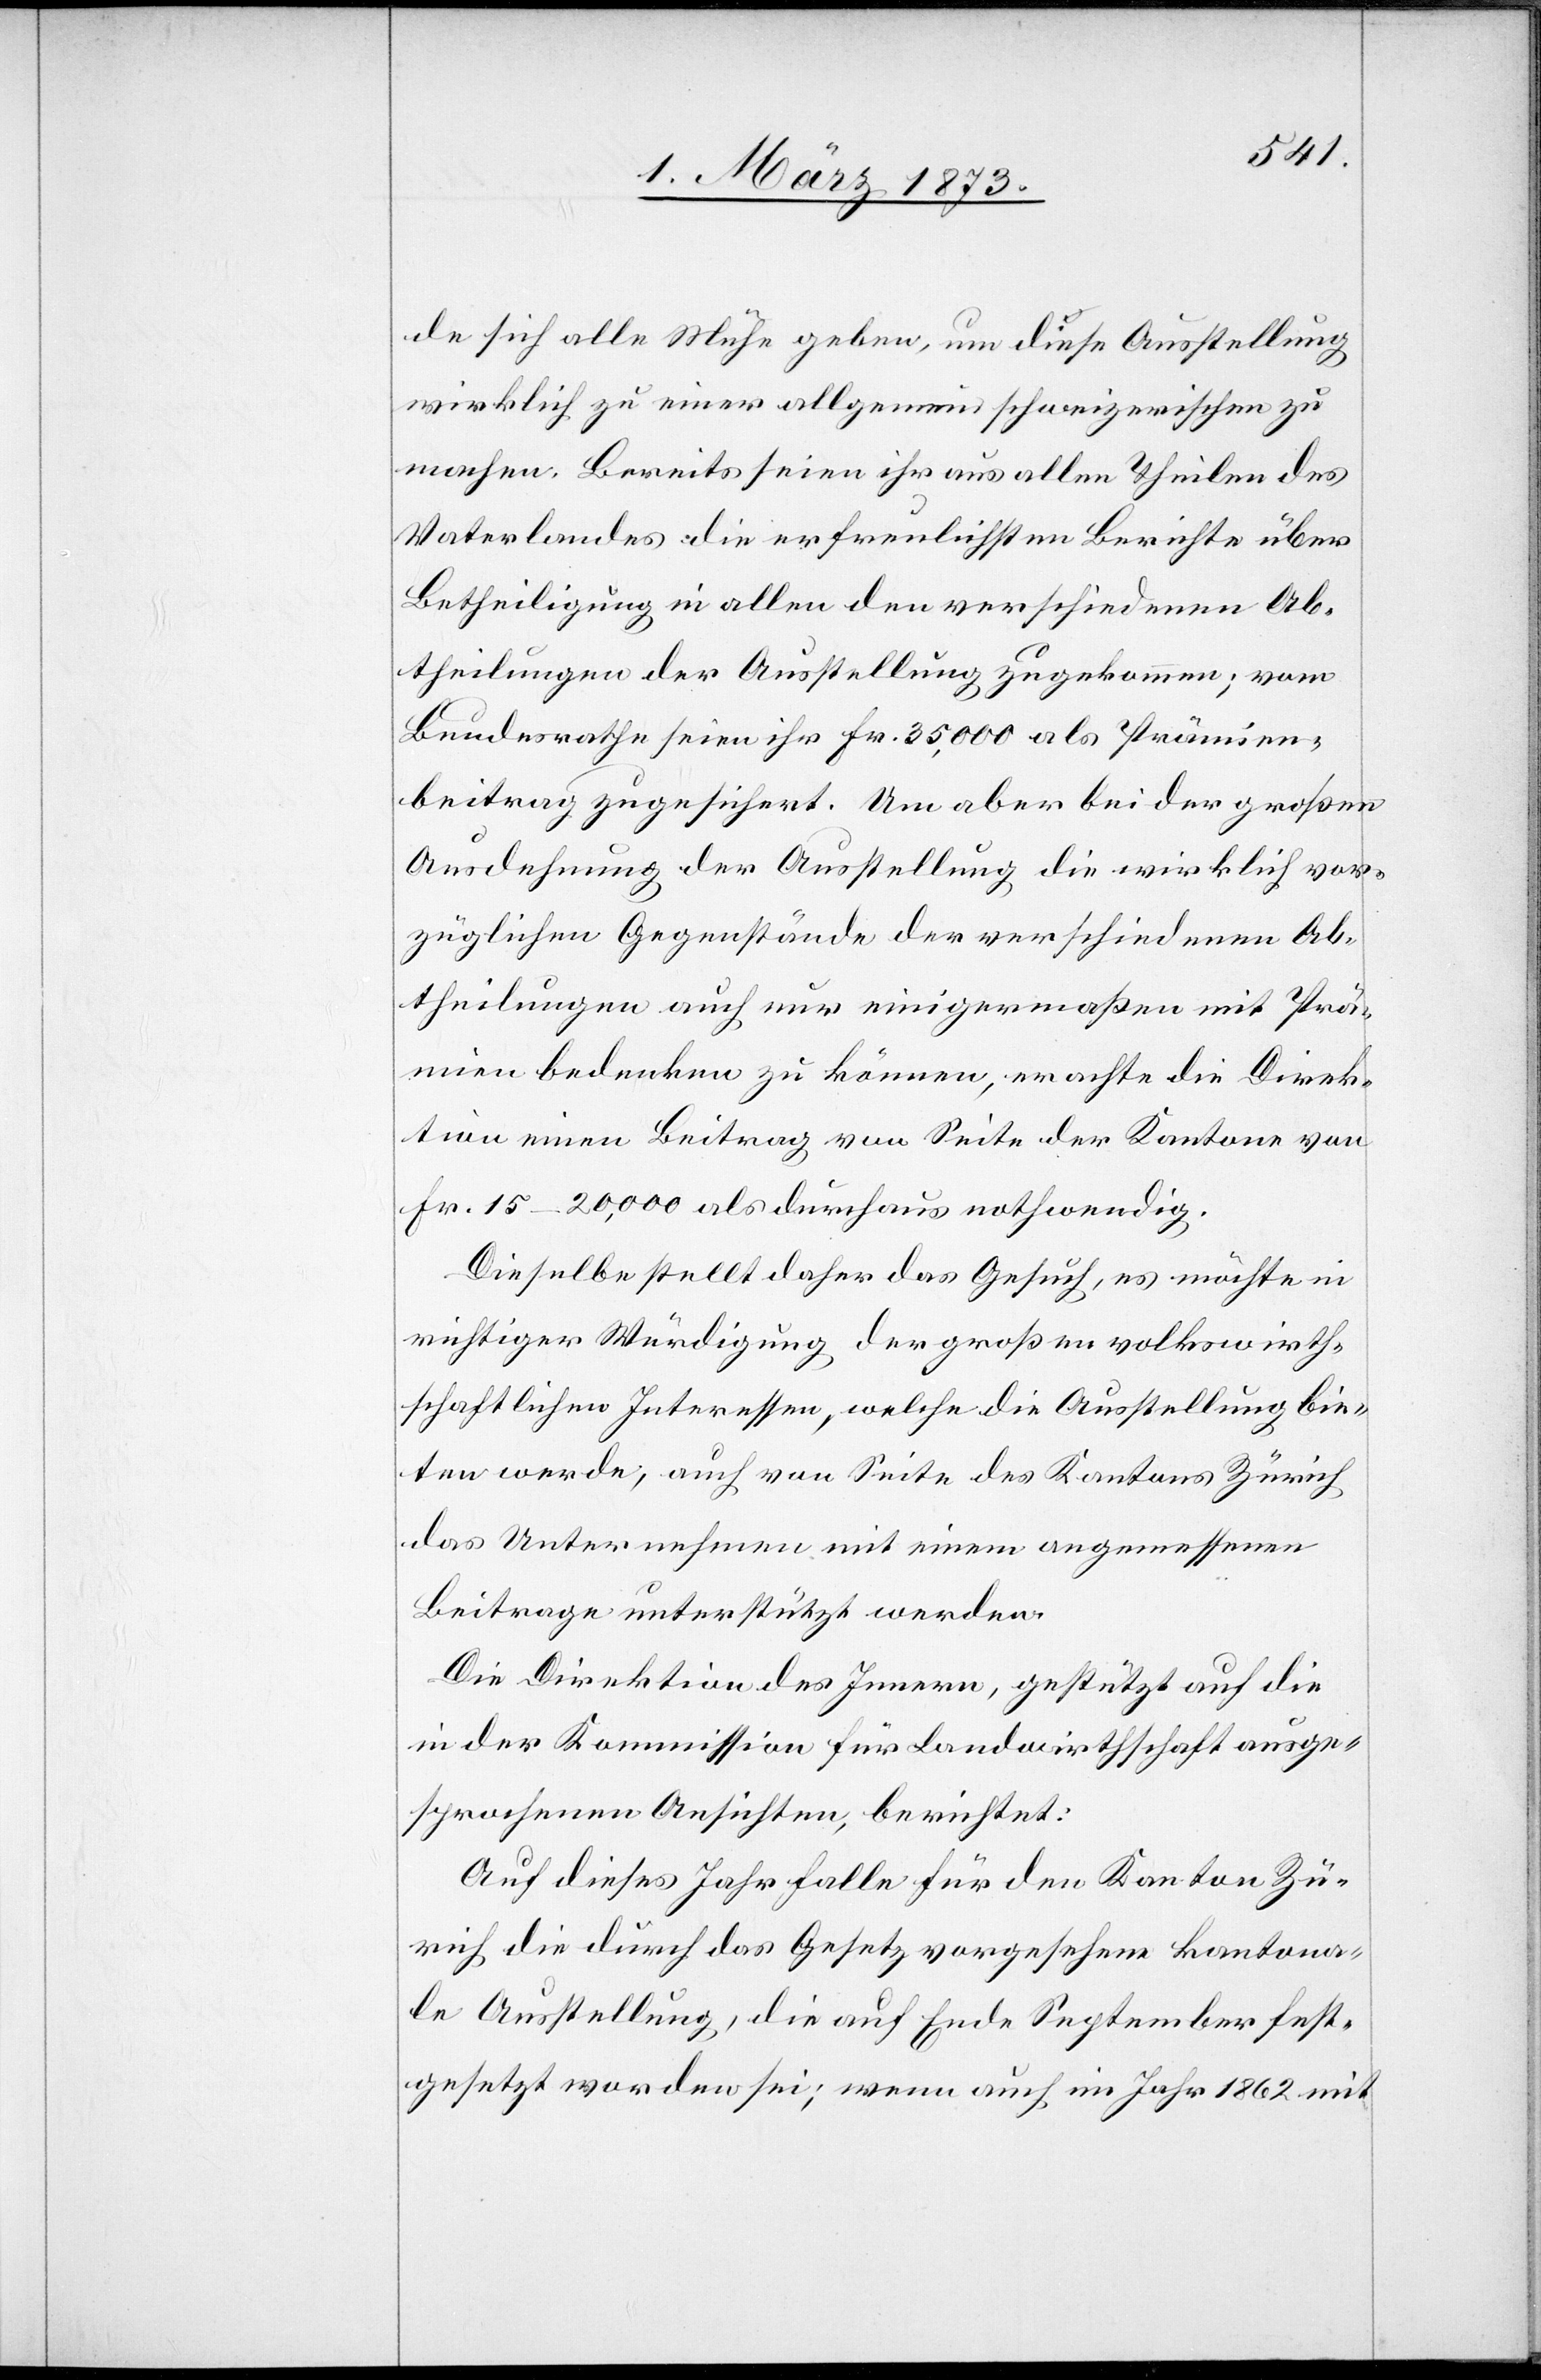
de sich alle Mühe geben, um diese Ausstellung
wirklich zu einer allgemein schweizerischen zu
machen. Bereits seien ihr aus allen Theilen des
Vaterlandes die erfreulichsten Berichte über
Betheiligung in allen den verschiedenen Ab¬
theilungen der Ausstellung zugekommen; vom
Bundesrathe seien ihr Fr. 35,000 als Prämien¬
beitrag zugesichert. Um aber bei der großen
Ausdehnung der Ausstellung die wirklich vor¬
züglichen Gegenstände der verschiedenen Ab¬
theilungen auch nur einigermaßen mit Prä¬
mien bedenken zu können, erachte die Direk¬
tion einen Beitrag von Seite der Kantone von
Fr. 15–20,000 als durchaus nothwendig.
Dieselbe stellt daher das Gesuch, es möchte in
richtiger Würdigung der großen volkswirth¬
schaftlichen Interessen, welche die Ausstellung bie¬
ten werde, auch von Seite des Kantons Zürich
das Unternehmen mit einem angemessenen
Beitrage unterstützt werden.
Die Direktion des Innern, gestützt auf die
in der Kommission für Landwirthschaft ausge¬
sprochenen Ansichten, berichtet:
Auf dieses Jahr falle für den Kanton Zü¬
rich die durch das Gesetz vorgesehene kantona¬
le Ausstellung, die auf Ende September fest¬
gesetzt worden sei; wenn auch im Jahr 1862 mit